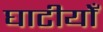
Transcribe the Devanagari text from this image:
घाटीयोँ